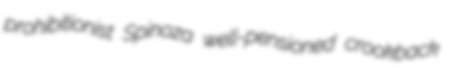
prohibitionist Spinoza well-pensioned crookback